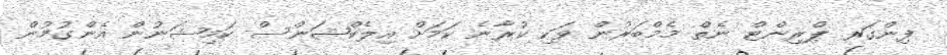
ފިންގަރ ޕްރިންޓް ނެތް މެމްބަރުން ވަކި ކުރާނެ ކަމަށް އިލެކްޝަންސް ކަމިޝަނުން އެންގުމުން